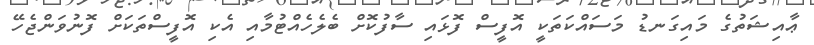
ޢާއިޝަތުގެ މައިގަނޑު މަސައްކަތަކީ އޮފީސް ފޮޅައި ސާފުކޮށް ބެލެހެއްޓުމާއި އެކި އޮފީސްތަކަށް ފޮނުވަންޖެހޭ